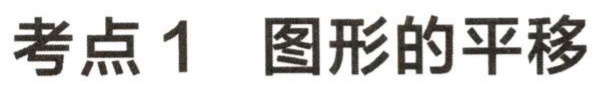
考点1 图形的平移